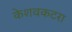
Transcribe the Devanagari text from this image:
केशवकटरा